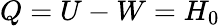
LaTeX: Q=U-W=H_{0}